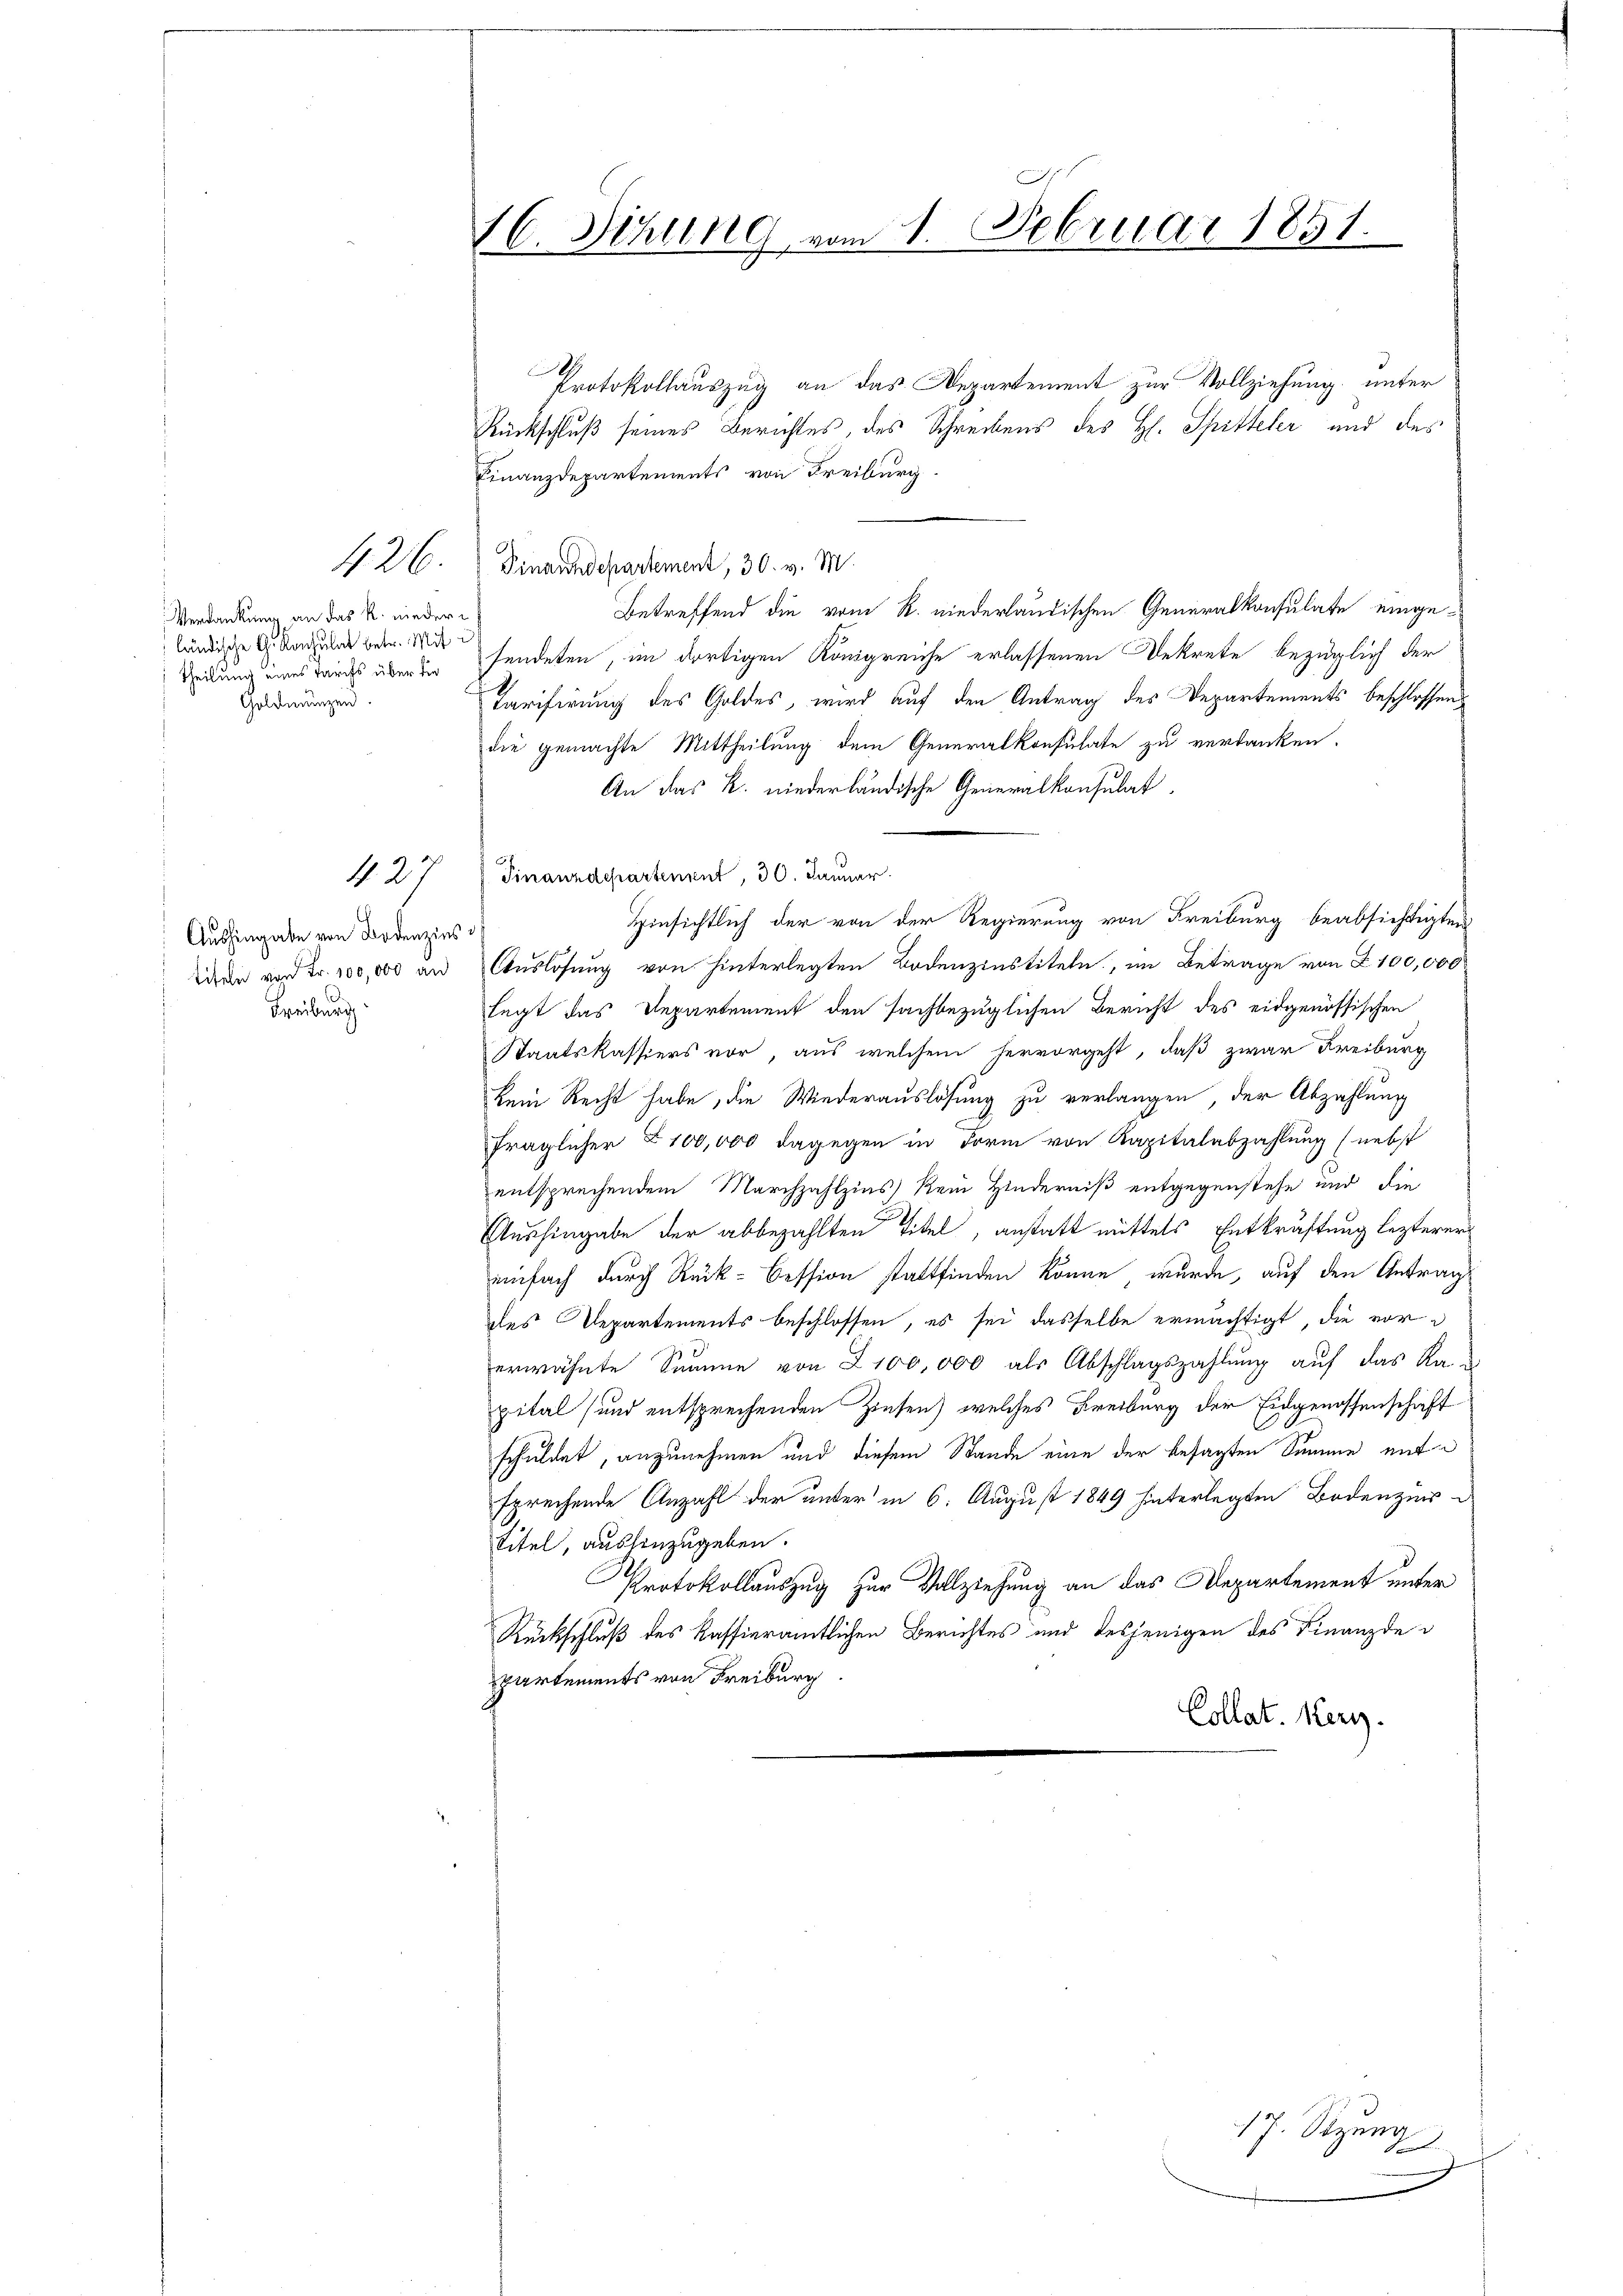
426.

Verdankung an das R. niederländische G. Konsulat betr. Mit¬
Theilung eines Tarifs über die
Goldmünzen.

42

Aushingabe von Bodenzins
tifeln von Fr. 100,000 an
Freiburg

wenn ich zu
16. Sehling vom 1. Februar 1851.

Protokollauszug an das Departement zur Vollziehung unter
Rückschluß seines Berichtes, des Schreibens des H. Spitteler und des
Finanzdepartements von Freiburg.
Pinarohndepartement, 30. v. M.
Betreffend die vom R. niederländischen Generalkonsulate eingesendeten, im dortigen Königreiche erlassenen Dekrete bezüglich der
Tarifirung des Goldes, wird auf den Antrag des Departements beschlossen
die gemachte Mittheilung dem Generalkonsulate zu verdanken.
An das k. niederländische Generalkonsulat,
Finanzdepartement, 30. Januar.
Hinsichtlich der von der Regierung von Freiburg beabsichtigten
Auslösung von hinterlegten Bodenzinstiteln, im Betrage von Z. 100,000
legt das Departement den sachbezüglichen Bericht des eidgenössischen
Staatskassiers vor, aus welchem hervorgeht, daß zwar Freiburg
kein Recht habe, die Wiederauslösung zu verlangen, der Abzahlung
fraglicher Z100,000 dagegen in Form von Kapitalabzahlung (nebst
entsprechendem Marchzahlzins kein Hinderniß entgegenstehe und die
Aushingabe der abbezahlten Titel, anstatt mittels Entkräftung lezterer
einfach durch Rück-Cession stattfinden könne, wurde, auf den Antrag
des Departements beschlossen, es sei dasselbe ermächtigt, die vorerwähnte Summe von 100,000 als Abschlagszahlung auf das Ka
pital und entsprechenden Zinsen) welches Freiburg der Eidgenossenschaft
schuldet, anzunehmen und diesem Stande eine der besagten Summe entsprechende Anzahl der unter in 6. August 1849 hinterlegten Bodenzins¬
Titel, aushinzugeben.
Protokollauszug zur Vollziehung an das Departement unter
Rückschluß des Kassieramtlichen Berichtes und desjenigen des Finanzde
partements von Freiburg
Collat. Herz.

17. Sitzung